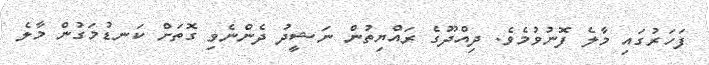
ފަހަރުގައި މާލެ ފޮނުވުމެވެ. ދިއްދޫގެ ރައްޔިތުން ނަޝީދު ދެންނެވި ގޮތަށް ކަނޑުމަގުން މާލެ